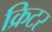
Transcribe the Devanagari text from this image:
क्रिटर